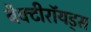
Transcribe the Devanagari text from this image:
बैक्टीरॉयड्स